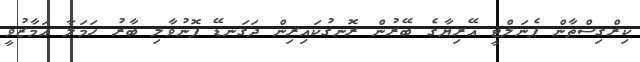
ކިރްގިސްތާން ޕެނަލްޓީ އޭރިޔާގެ ބޭރުން ރޮނގުކައިރިން ދަގަނޑޭ ފޮނުވާލި ބާރު ހަމަލާ އަމާޒުވީ